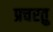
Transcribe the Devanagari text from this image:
प्रचरतु